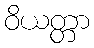
ဝိယတ္တာ